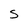
Character: 5